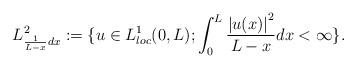
LaTeX: \begin{align*}L^{2}_{\frac{1}{L-x} dx}:=\{ u\in L^1_{loc}(0,L);\int_{0}^{L}\frac{\left\vert u(x)\right\vert ^{2}}{ L-x } dx<\infty\} .\end{align*}